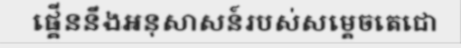
ផ្គើននឹងអនុសាសន៍របស់សម្តេចតេជោ